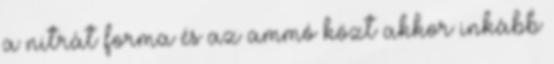
a nitrát forma és az ammó közt akkor inkább